Plague in India, 1896, 1897 - Volume 2
Year: 1896
Disease focus: Plague
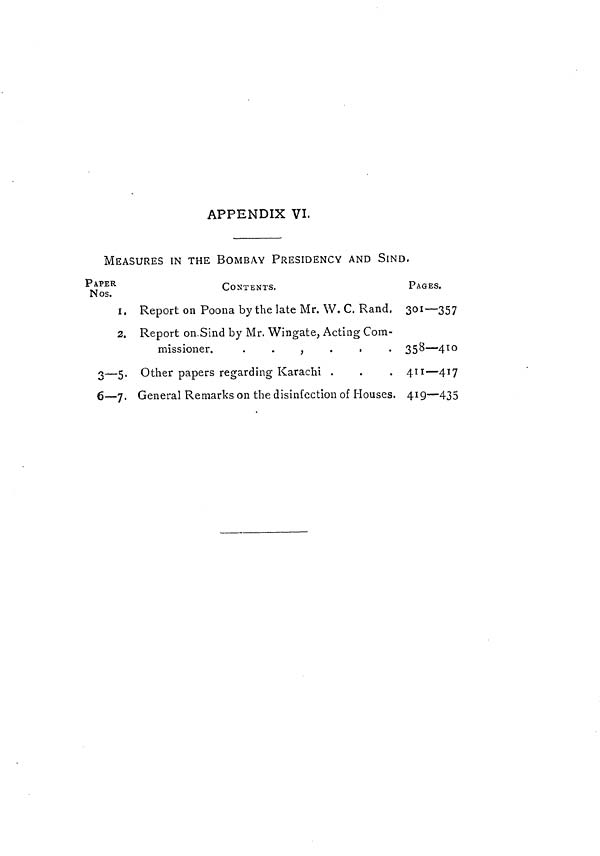
APPENDIX VI.
MEASURES IN THE BOMBAY PRESIDENCY AND SIND.
PAPER
Nos.
I.
2.
3—5-
6-7.
CONTENTS.
Report on Poona by the late Mr. W. C. Rand,
Report on.Sind by Mr. Wingate, Acting Com-
missioner.
.
.
,
.
,
.
Other papers regarding Karachi .
General Remarks on the disinfection of Houses.
PAGES.
301—357
358—410
411—417
4I9-435